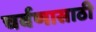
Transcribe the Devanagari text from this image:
चर्वणासाठी